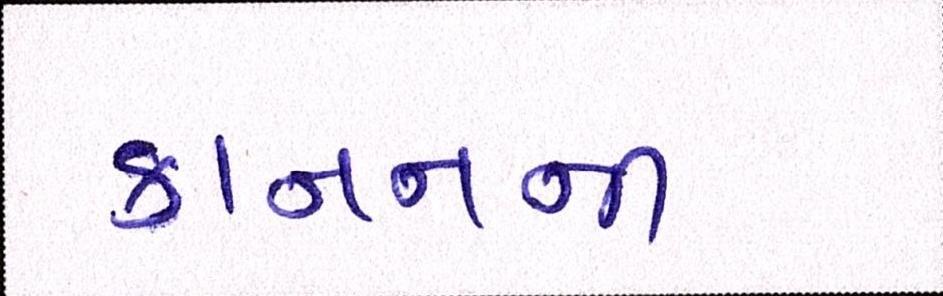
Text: કાનનની